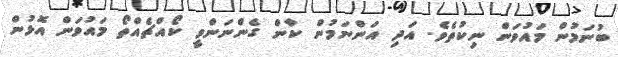
ބުނަމުން މައުވަން ނިކުތެވެ. އަދި އަންނަމުން ކާން ގެންނަންވީ ކޯއްޗެއްތޯ މައުވަން އޮޅުން